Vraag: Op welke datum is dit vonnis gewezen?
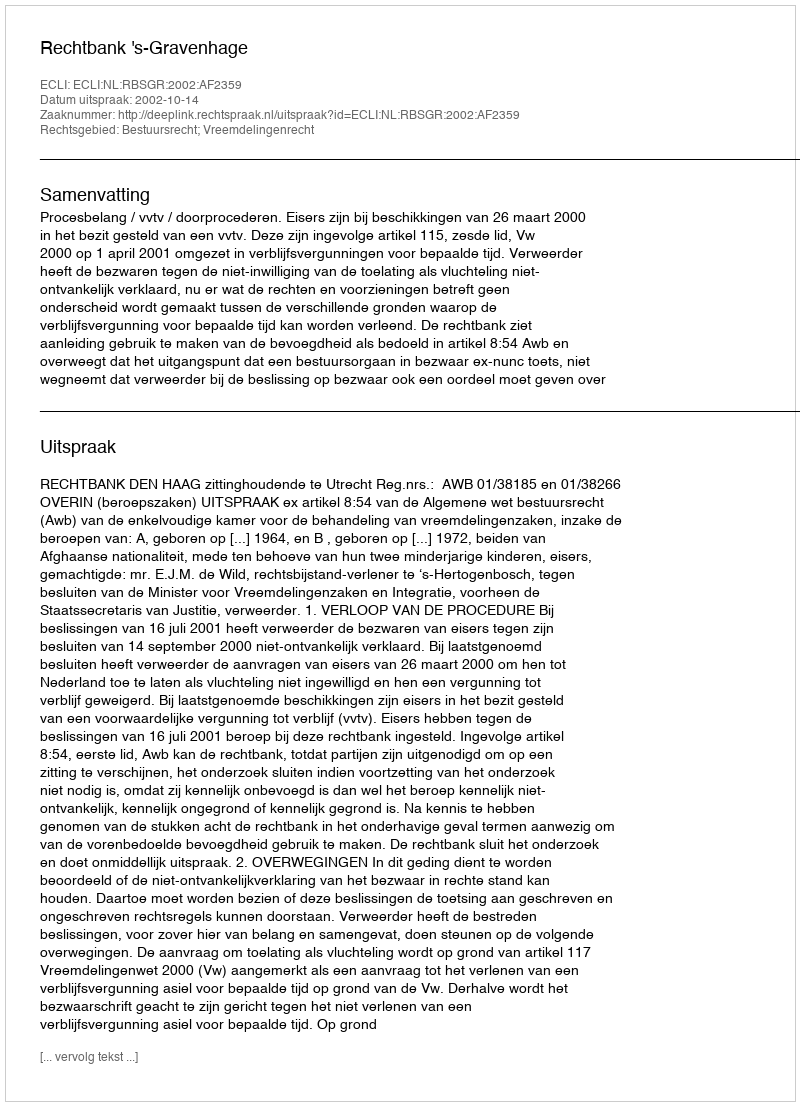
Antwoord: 2002-10-14